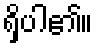
ရှိပါ၏။